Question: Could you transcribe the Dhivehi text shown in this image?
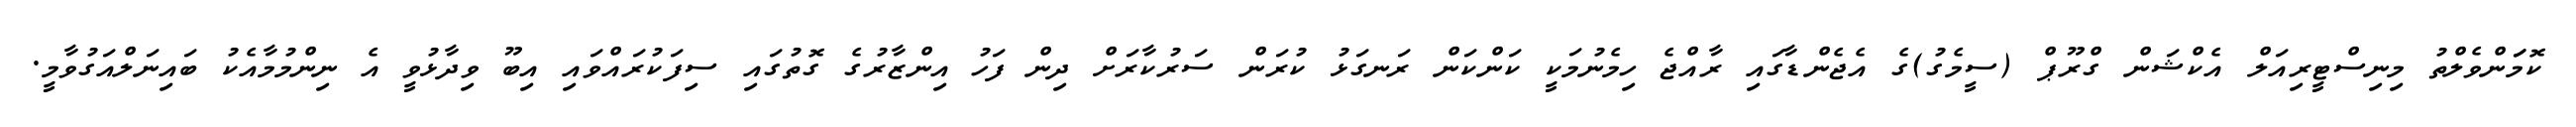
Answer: ކޮމަަންވެލްތު މިނިސްޓީރިއަލް އެކްޝަން ގްރޫޕް (ސީމެގު)ގެ އެޖެންޑާގައި ރާއްޖެ ހިމެނުމަކީ ކަންކަން ރަނގަޅު ކުރަން ސަރުކާރަށް ދިން ފަހު އިންޒާރުގެ ގޮތުގައި ސިފަކުރައްވައި އިބޫ ވިދާޅުވީ އެ ނިންމުމާއެކު ބައިނަލްއަގުވާމީ.